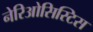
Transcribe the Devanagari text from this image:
नेरिओसिस्टिस